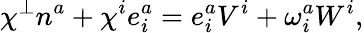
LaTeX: \chi^{\perp}n^{a}+\chi^{i}e_{i}^{a}=e_{i}^{a}V^{i}+\omega_{i}^{a}W^{i},